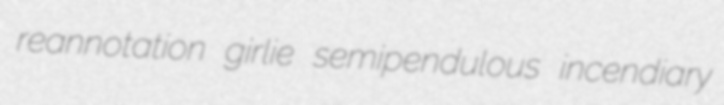
reannotation girlie semipendulous incendiary